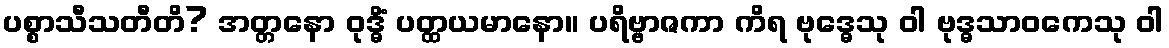
ပစ္စာသီသတီတိ? အတ္တနော ဝုဒ္ဓိံ ပတ္ထယမာနော။ ပရိဗ္ဗာဇကာ ကိရ ဗုဒ္ဓေသု ဝါ ဗုဒ္ဓသာဝကေသု ဝါ